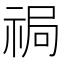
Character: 𱵔